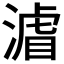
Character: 𭱼